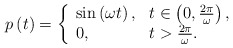
\begin{align*} p\left( t\right) =\left\{ \begin{array}{ll} \sin \left( \omega t \right) ,&t\in \left( 0,\frac{2\pi }{\omega } \right) , \\ 0,& t>\frac{2\pi }{\omega }. \end{array} \right. \end{align*}